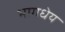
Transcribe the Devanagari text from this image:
भागधेय